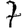
Digit: 7